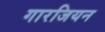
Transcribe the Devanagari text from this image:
गारजियन